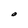
Character: O